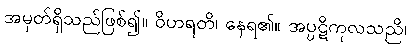
အမှတ်ရှိသည်ဖြစ်၍။ ဝိဟရတိ၊ နေရ၏။ အပ္ပဋိကုလသညိ၊